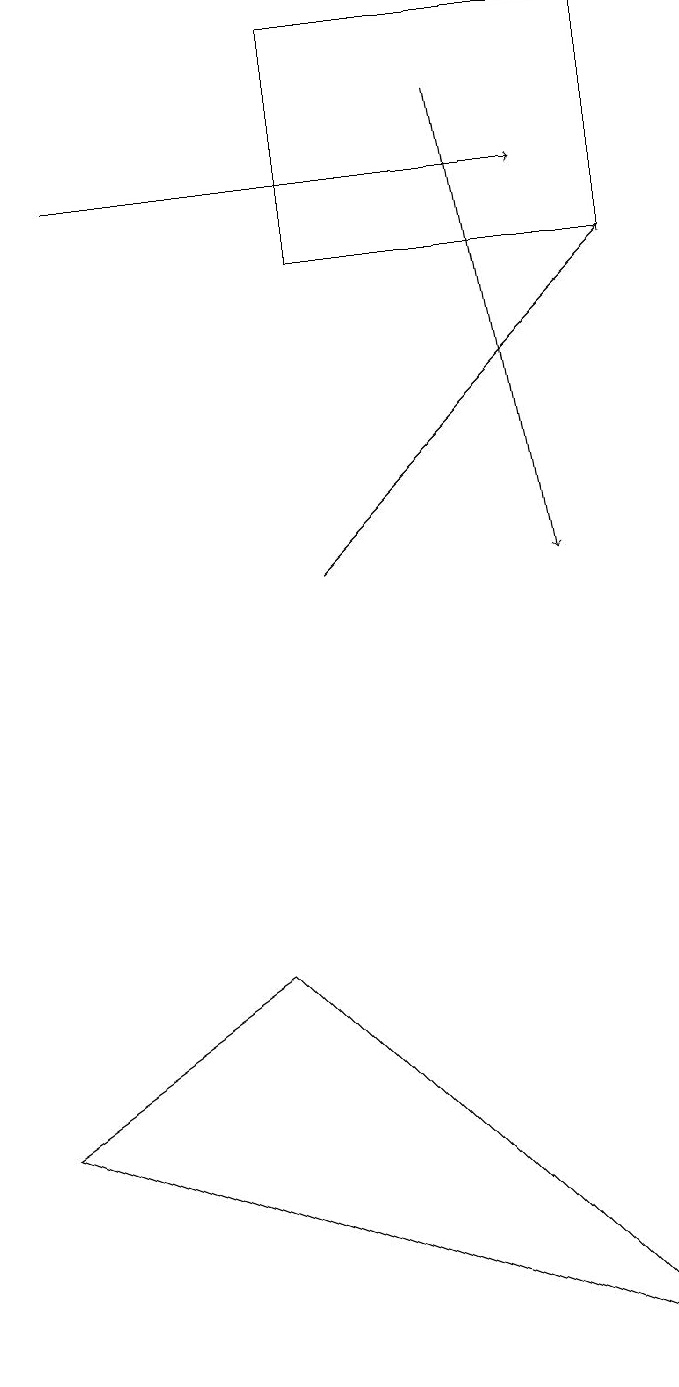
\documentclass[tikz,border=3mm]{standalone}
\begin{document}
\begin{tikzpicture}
\draw[->] (5,10) -- (9,14);
\draw (1,3) -- (9,0) -- (4,5) -- cycle;
\draw[->] (2,15) -- (8,15);
\draw[->] (7,16) -- (8,10);
\draw (9,17) rectangle (5,14);
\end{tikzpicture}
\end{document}